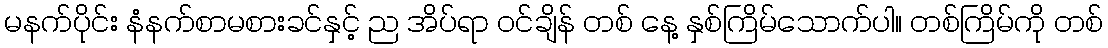
မနက်ပိုင်း နံနက်စာမစားခင်နှင့် ည အိပ်ရာ ဝင်ချိန် တစ် နေ့ နှစ်ကြိမ်သောက်ပါ။ တစ်ကြိမ်ကို တစ်